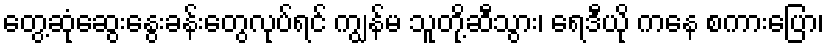
တွေ့ဆုံဆွေးနွေးခန်းတွေလုပ်ရင် ကျွန်မ သူတို့ဆီသွား၊ ရေဒီယို ကနေ စကားပြော၊